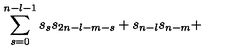
\sum _ { s = 0 } ^ { n - l - 1 } s _ { s } s _ { 2 n - l - m - s } + s _ { n - l } s _ { n - m } +